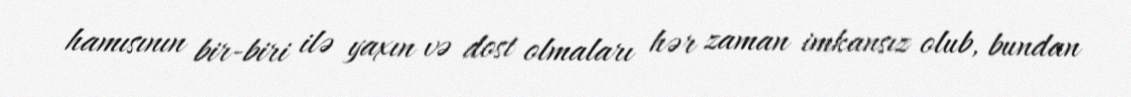
hamısının bir-biri ilə yaxın və dost olmaları hər zaman imkansız olub, bundan